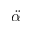
\ddot { \alpha }